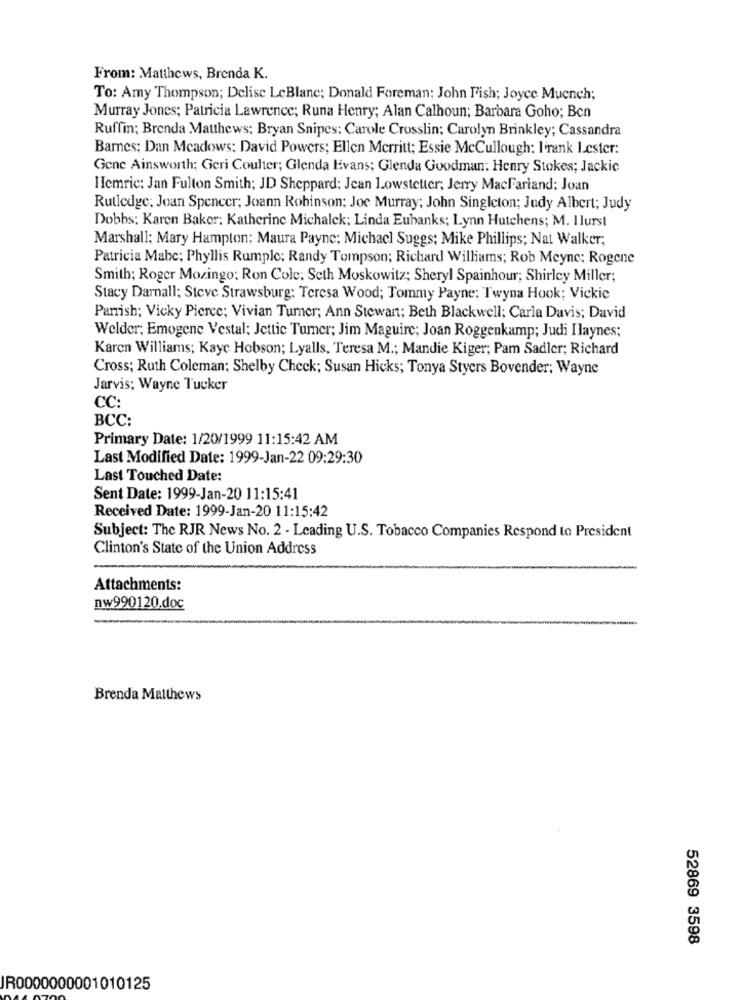
From: Matthews, Brenda K.
To: Amy Thompson; Delise LeBlanc; Donald Foreman; John Fish; Joyce Muench;
Murray Jones; Patricia Lawrence; Runa Henry; Alan Calhoun; Barbara Goho; Ben
Ruffin; Brenda Matthews: Bryan Snipes: Carole Crosslin; Carolyn Brinkley; Cassandra
Barnes: Dan Meadows: David Powers; Ellen Merritt; Essie McCullough: I'rank Lester:
Gene Ainsworth: Geri Coulter; Glenda Evans; Glenda Goodman: Henry Stokes; Jackie
Hemric: Jan Fulton Smith; JD Sheppard: Jean Lowstetter; Jerry MacFarland; Joan
Rutledge; Joan Spencer; Joann Robinson; Joe Murray; John Singleton; Judy Albert; Judy
Dobbs: Karen Baker: Katherine Michalek; Linda Eubanks; Lynn Hutchens; M. Ilurst
Marshall: Mary Hampton; Maura Payne; Michacl Suggs; Mike Phillips; Nat Walker;
Patricia Mahc: Phyllis Rumplc: Randy Tompson; Richard Williams; Rob Meync; Rogene
Smith; Roger Mozingo: Ron Cole: Seth Moskowitz; Sheryl Spainhour; Shirley Miller;
Stacy Darnall: Steve Strawsburg: Teresa Wood; Tommy Payne; Twyna Hook; Vickic
Panish; Vicky Pierce; Vivian Turner; Ann Stewart; Beth Blackwell; Carla Davis; David
Welder; Emogene Vestal: Jettic Turner; Jim Maguire; Joan Roggenkamp; Judi Ilaynes;
Karen Williams; Kaye Hobson; L.yalls, Teresa M .; Mandie Kiger; Pam Sadler; Richard
Cross; Ruth Coleman: Shelby Check; Susan Hicks; Tonya Styers Bovender; Wayne
Jarvis; Wayne Tucker
CC:
BCC:
Primary Date: 1/20/1999 11:15:42 AM
Last Modified Date: 1999-Jan-22 09:29:30
Last Touched Date:
Sent Date: 1999-Jan-20 11:15:41
Received Date: 1999-Jan-20 11:15:42
Subject: The RJR News No. 2 - Leading U.S. Tobacco Companies Respond to President
Clinton's State of the Union Address
Attachments:
nw990120.doc
Brenda Matthews
52869 3598
JR0000000001010125